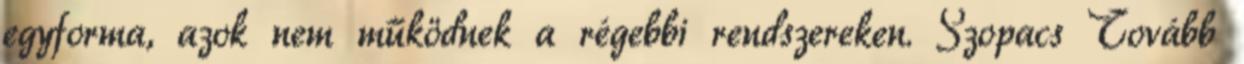
egyforma, azok nem működnek a régebbi rendszereken. Szopacs Tovább